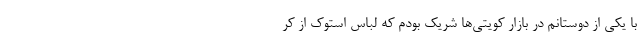
با یکی از دوستانم در بازار کویتی‌ها شریک بودم که لباس استوک از کر